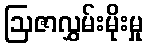
ဩဇာလွှမ်းမိုးမှု